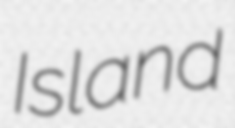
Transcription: Island